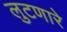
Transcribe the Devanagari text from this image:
लुटणारे